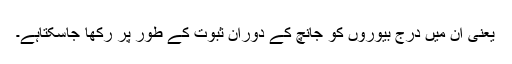
یعنی ان میں درج بیوروں کو جانچ کے دوران ثبوت کے طور پر رکھا جاسکتاہے۔